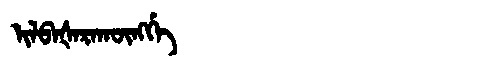
Manchu: ᡳᠯᠪᠠᡧᠠᡵᠠᡴᡡᠩᡤᡝ
Romanization: ILBAŠARAKŪNGGE